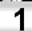
Digit: 1